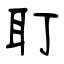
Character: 耵